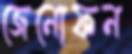
জেনোফন